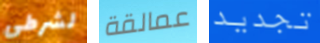
لشرطي عمالقة تجديد